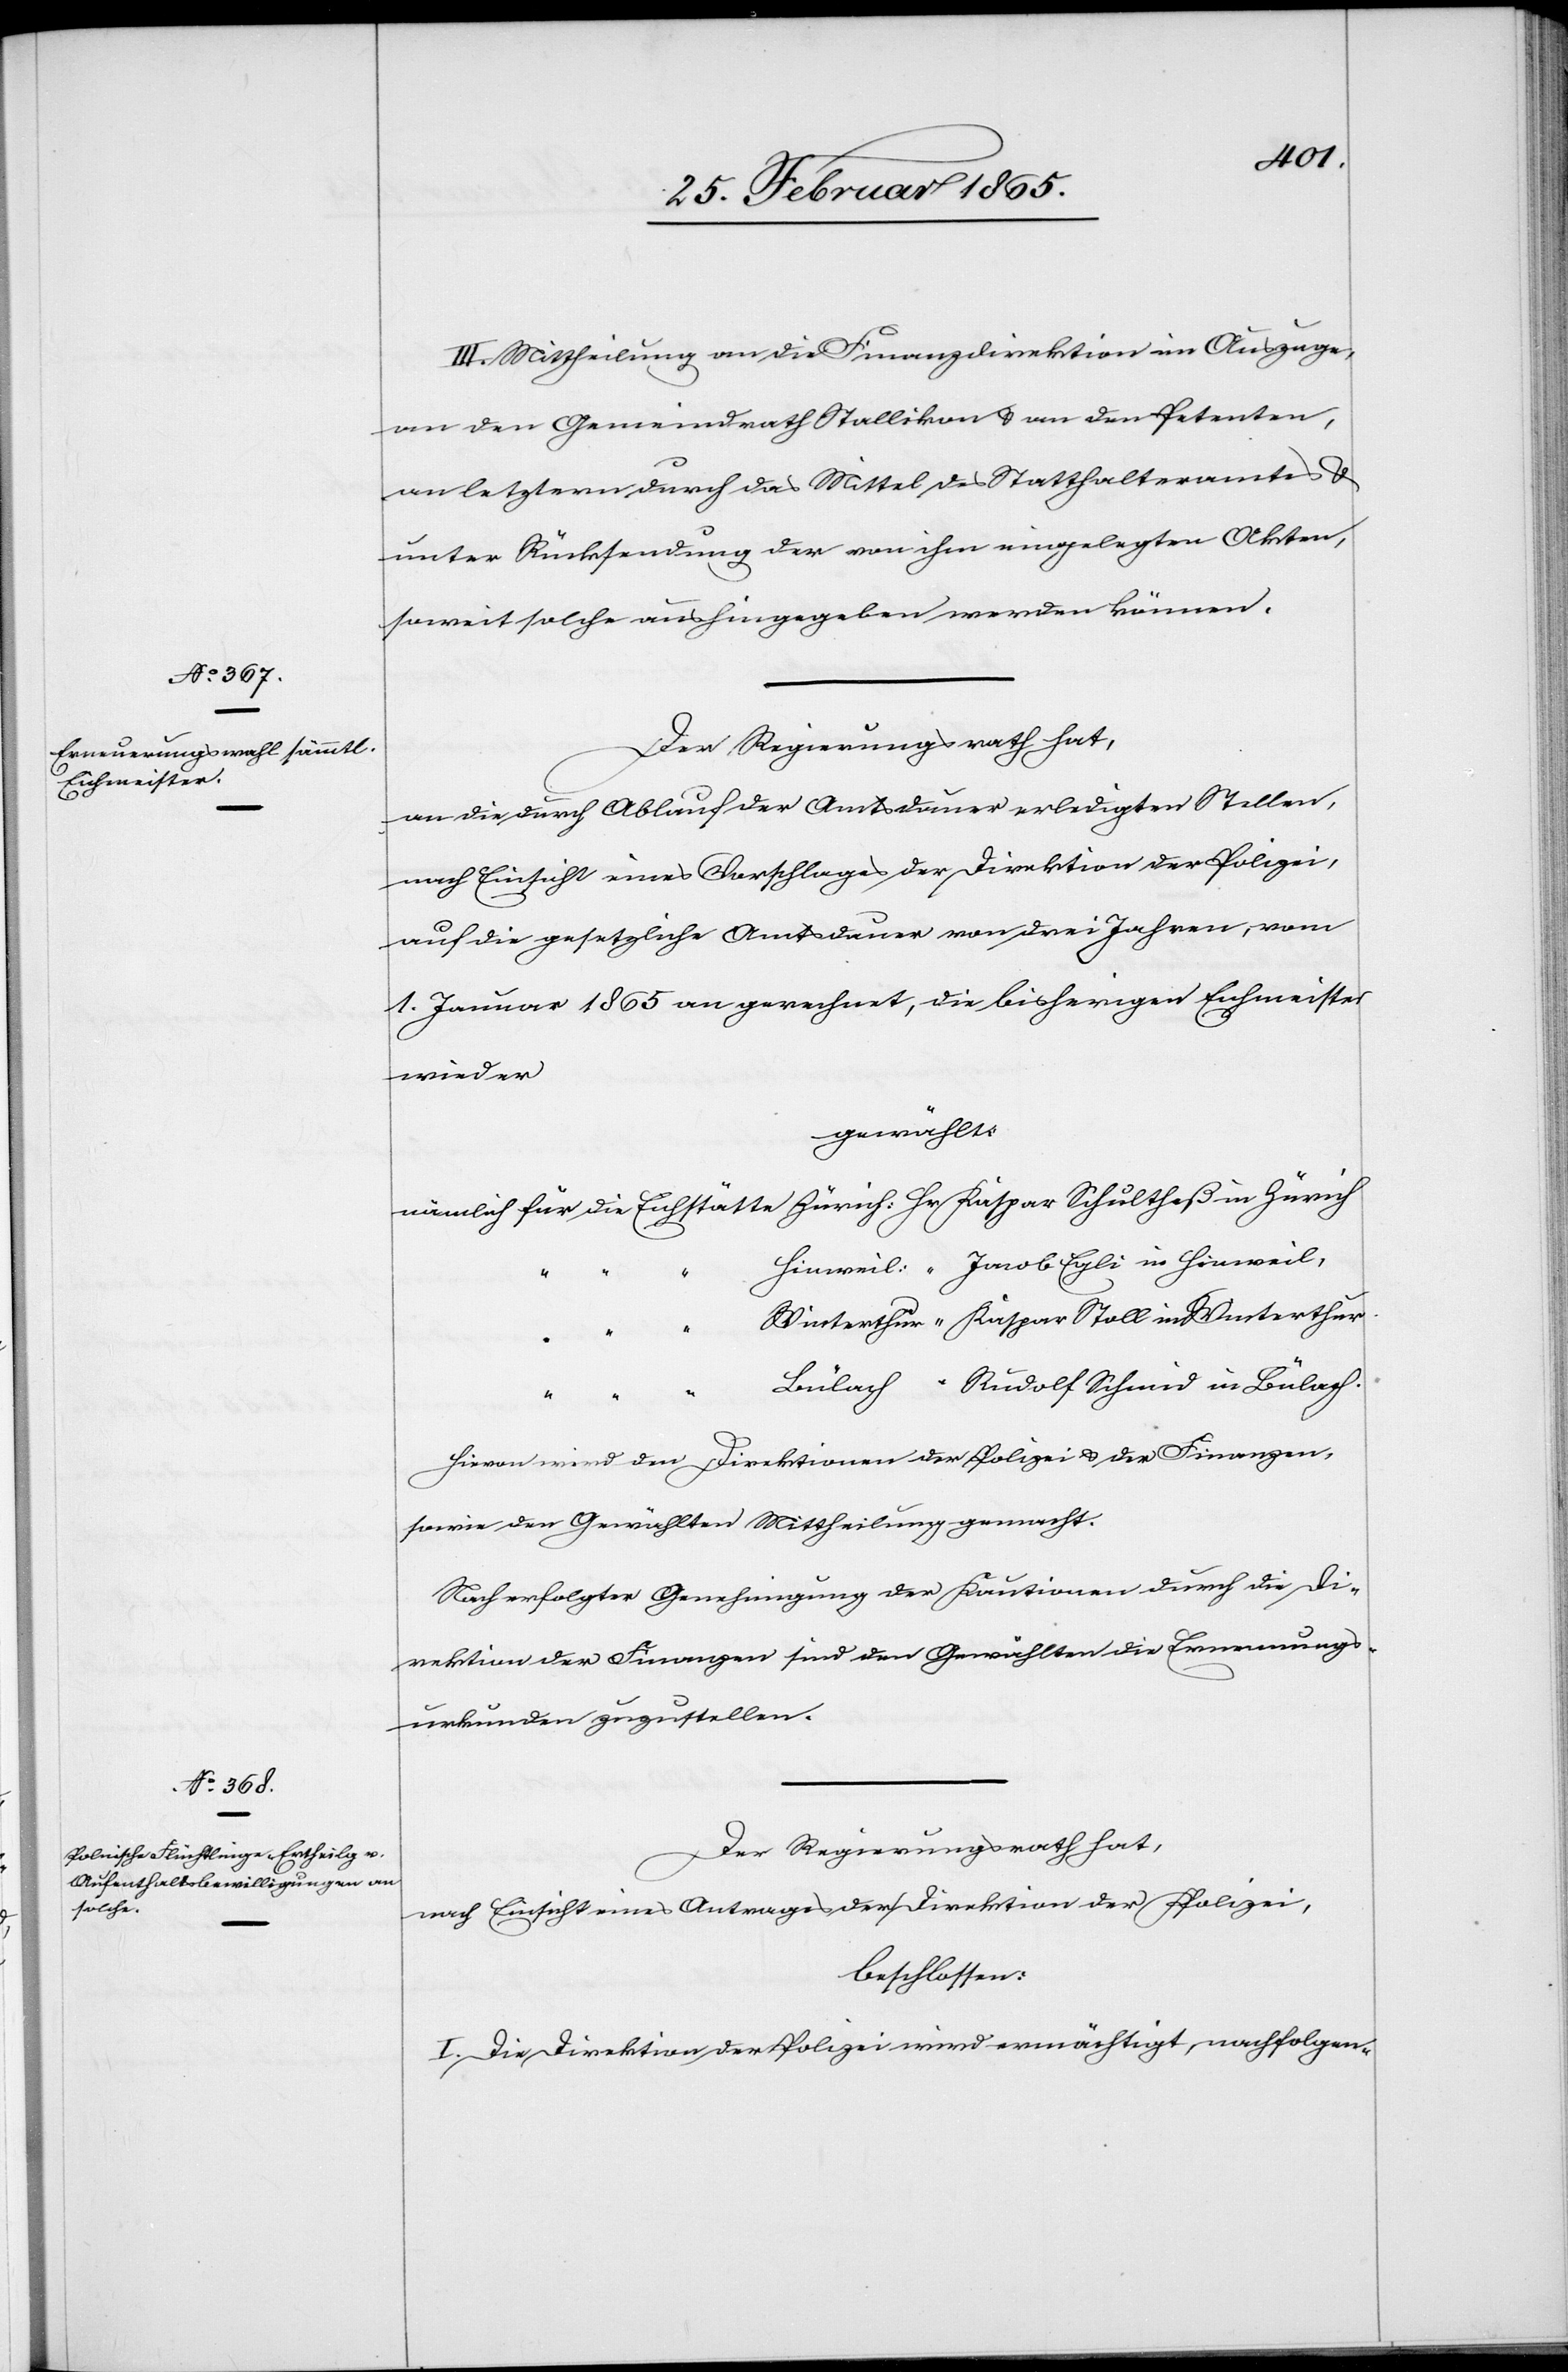
III. Mittheilung an die Finanzdirektion im Auszuge,
an den Gemeindrath Stallikon u. an den Petenten,
an letztern durch das Mittel des Statthalteramtes u.
unter Rücksendung der von ihm eingelegten Akten,
soweit solche aushingegeben werden können.
Der Regierungsrath hat,
an die durch Ablauf der Amtsdauer erledigten Stellen,
nach Einsicht eines Vorschlages der Direktion der Polizei,
auf die gesetzliche Amtsdauer von drei Jahren, vom
1. Januar 1865 an gerechnet, die bisherigen Eichmeister
wieder
gewählt:
nämlich für die Eichstätte Zürich: Hr. Kaspar Schultheß in Zürich
Hinweil: “ Jacob Egli in Hinweil,
Winterthur “ Kaspar Stoll in Winterthur.
Rudolf Schmid in Bülach.
Bülach “
Hievon wird den Direktionen der Polizei u. der Finanzen,
sowie den Gewählten Mittheilung gemacht.
Nach erfolgter Genehmigung der Kautionen durch die Di¬
rektion der Finanzen sind den Gewählten die Ernennungs¬
urkunden zuzustellen.
Der Regierungsrath hat,
nach Einsicht eines Antrages der Direktion der Polizei,
beschlossen:
I. Die Direktion der Polizei wird ermächtigt, nachfolgen-